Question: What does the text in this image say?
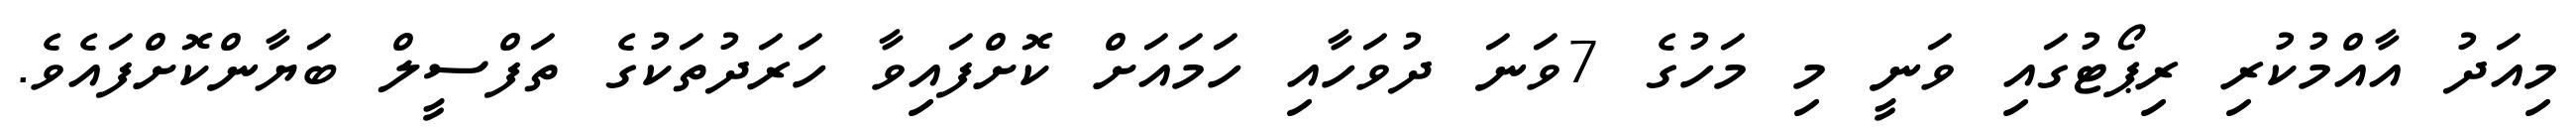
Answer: މިއަދު އާއްމުކުރި ރިޕޯޓުގައި ވަނީ މި މަހުގެ 7ވަނަ ދުވަހާއި ހަމައަށް ކޮށްފައިވާ ހަރަދުތަކުގެ ތަފްސީލް ބަޔާންކޮށްފައެވެ.